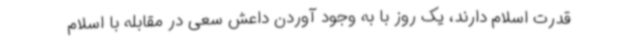
قدرت اسلام دارند، یک روز با به وجود آوردن داعش سعی در مقابله با اسلام